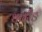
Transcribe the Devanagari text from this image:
धादीङ